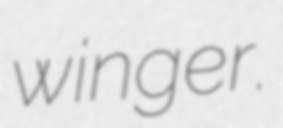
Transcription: winger.